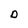
Character: D